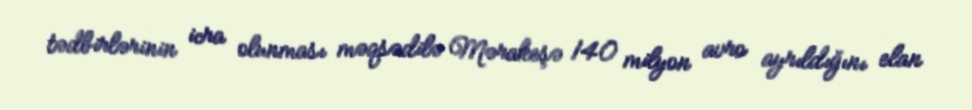
tədbirlərinin icra olunması məqsədilə Mərakeşə 140 milyon avro ayrıldığını elan